Indian journal of veterinary science and animal husbandry - Volume 3,
Year: 1933
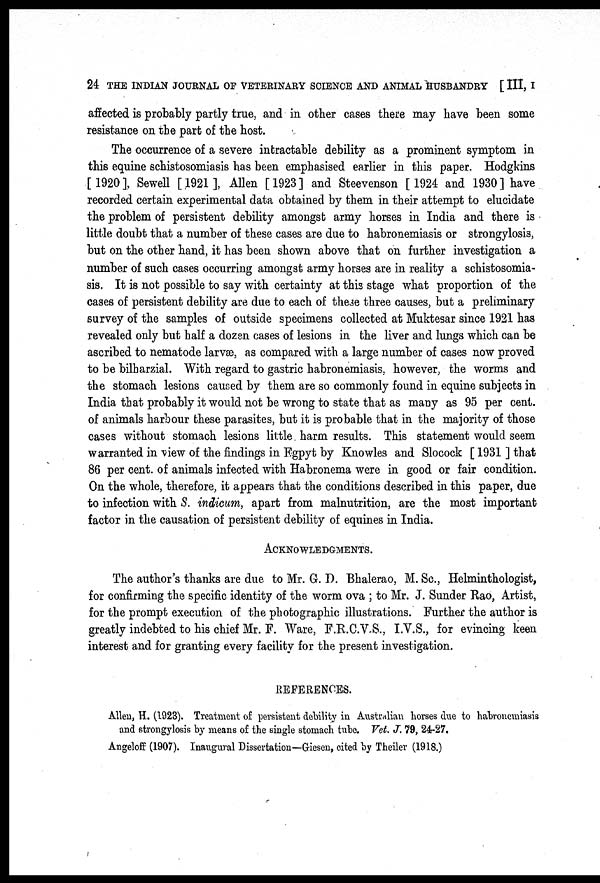
24 THE INDIAN JOURNAL OF VETERINARY SCIENCE AND ANIMAL HUSBANDRY [ III, I
affected is probably partly true, and in other cases there may have been some
resistance on the part of the host.
The occurrence of a severe intractable debility as a prominent symptom in
this equine schistosomiasis has been emphasised earlier in this paper. Hodgkins
[1920], Sewell [1921], Allen [1923] and Steevenson [1924 and 1930] have
recorded certain experimental data obtained by them in their attempt to elucidate
the problem of persistent debility amongst army horses in India and there is
little doubt that a number of these cases are due to habronemiasis or strongylosis,
but on the other hand, it has been shown above that on further investigation a
number of such cases occurring amongst army horses are in reality a schistosomia-
sis. It is not possible to say with certainty at this stage what proportion of the
cases of persistent debility are due to each of these three causes, but a preliminary
survey of the samples of outside specimens collected at Muktesar since 1921 has
revealed only but half a dozen cases of lesions in the liver and lungs which can be
ascribed to nematode larvæ, as compared with a large number of cases now proved
to be bilharzial. With regard to gastric habronemiasis. however, the worms and
the stomach lesions caused by them are so commonly found in equine subjects in
India that probably it would not be wrong to state that as many as 95 per cent.
of animals harbour these parasites, but it is probable that in the majority of those
cases without stomach lesions little harm results. This statement would seem
warranted in view of the findings in Egpyt by Knowles and Slocock [ 1931 ] that
86 per cent. of animals infected with Habronema were in good or fair condition.
On the whole, therefore, it appears that the conditions described in this paper, due
to infection with S. indicum, apart from malnutrition, are the most important
factor in the causation of persistent debility of equines in India.
ACKNOWLEDGMENTS.
The author's thanks are due to Mr. G. D. Bhalerao, M. Sc., Helminthologist,
for confirming the specific identity of the worm ova ; to Mr. J. Sunder Rao, Artist,
for the prompt execution of the photographic illustrations. Further the author is
greatly indebted to his chief Mr. F. Ware, F.R.C.V.S., I.V.S., for evincing keen
interest and for granting every facility for the present investigation.
REFERENCES.
Allen, H. (1923). Treatment of persistent debility in Australian horses due to habronemiasis
and strongylosis by means of the single stomach tube. Vet. J. 79, 24-27.
Angeloff (1907). Inaugural Dissertation—Giesen, cited by Theiler (1918.)